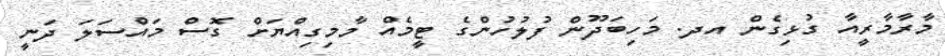
މާރާމާރީއާ ގުޅިގެން އދ. މަހިބަދޫން ފުލުހުންގެ ޓީމެއް މާމިގިއްޔަށް ގޮސް މައްސަލަ ދަނީ